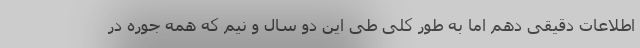
اطلاعات دقیقی دهم اما به طور کلی طی این دو سال و نیم که همه جوره در